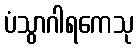
ပံသွာဂါရကေသု